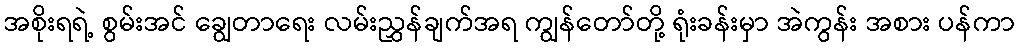
အစိုးရရဲ့ စွမ်းအင် ချွေတာရေး လမ်းညွှန်ချက်အရ ကျွန်တော်တို့ ရုံးခန်းမှာ အဲကွန်း အစား ပန်ကာ